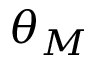
\theta _ { M }